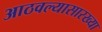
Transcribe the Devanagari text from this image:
आठवल्यासारख्या